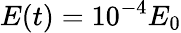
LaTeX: E(t)=10^{-4}E_{0}